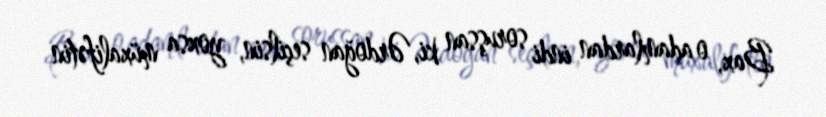
Bax, o adamlardan indi soruşsan ki, Ərdoğan seçilsin, yoxsa müxalifətin